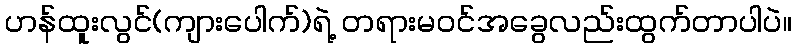
ဟန်ထူးလွင်(ကျားပေါက်)ရဲ့ တရားမဝင်အခွေလည်းထွက်တာပါပဲ။